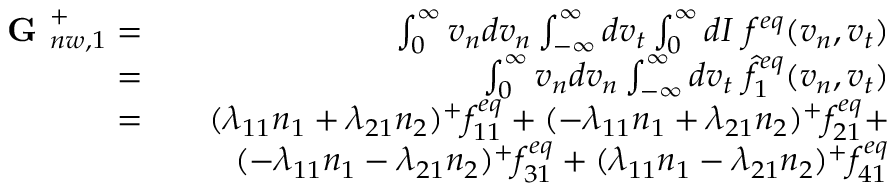
\begin{array} { r l r } { \textbf { G } _ { n w , 1 } ^ { + } = } & { } & { \int _ { 0 } ^ { \infty } v _ { n } d v _ { n } \int _ { - \infty } ^ { \infty } d v _ { t } \int _ { 0 } ^ { \infty } d I \ f ^ { e q } ( v _ { n } , v _ { t } ) } \\ { = } & { } & { \int _ { 0 } ^ { \infty } v _ { n } d v _ { n } \int _ { - \infty } ^ { \infty } d v _ { t } \ \hat { f } _ { 1 } ^ { e q } ( v _ { n } , v _ { t } ) } \\ { = } & { } & { ( \lambda _ { 1 1 } n _ { 1 } + \lambda _ { 2 1 } n _ { 2 } ) ^ { + } f _ { 1 1 } ^ { e q } + ( - \lambda _ { 1 1 } n _ { 1 } + \lambda _ { 2 1 } n _ { 2 } ) ^ { + } f _ { 2 1 } ^ { e q } + } \\ & { } & { ( - \lambda _ { 1 1 } n _ { 1 } - \lambda _ { 2 1 } n _ { 2 } ) ^ { + } f _ { 3 1 } ^ { e q } + ( \lambda _ { 1 1 } n _ { 1 } - \lambda _ { 2 1 } n _ { 2 } ) ^ { + } f _ { 4 1 } ^ { e q } } \end{array}